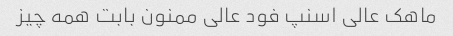
ماهک عالی اسنپ فود عالی ممنون بابت همه چیز